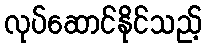
လုပ်ဆောင်နိုင်သည့်